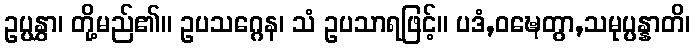
ဥပ္ပနွှာ၊ တို့မည်၏။ ဥပသဂ္ဂေန၊ သံ ဥပသာရဖြင့်။ ပဒံ,ဝဍ္ဎေတွာ,သမုပ္ပန္နာတိ၊